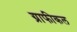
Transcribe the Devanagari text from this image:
ग्राफीकल